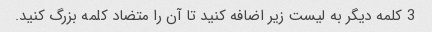
3 کلمه دیگر به لیست زیر اضافه کنید تا آن را متضاد کلمه بزرگ کنید.